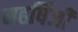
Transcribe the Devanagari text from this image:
महर्षिजी